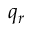
q _ { r }